Reports on military cantonments and civil stations in the Presidency of Bombay inspected by the Sanitary Commissioner in the years 1875 and 1876
Year: 1875
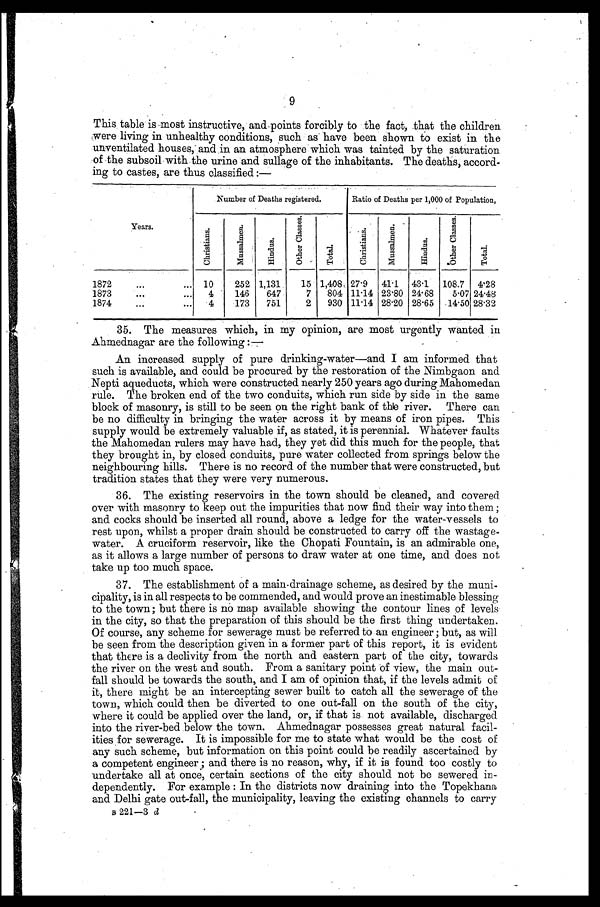
9
This table is most instructive, and points forcibly to the fact, that the children
were living in unhealthy conditions, such as have been shown to exist in the
unventilated houses; and in an atmosphere which was tainted by the saturation
of the subsoil with the urine and sullage of the inhabitants. The deaths, accord
-
ing to castes, are thus classified :—
Y e a r s .
Number of Deaths registered.
Ratio of Deaths per 1,000 of Population.
C h r i s t i a n s .
M u s s a l m e n .
H i n d u s .
O t h e r C l a s s e s .
T o t a l .
C h r i s t i a n s .
M u s s a l m e n .
H i n d u s .
O t h e r C l a s s e s .
T o t a l .
1872 . . . 10
252 1,131
15 1,408, 27.9
41.1
43.1
108.7
4.28
1873 . . .
4
146
647
7
804 11.14 23.80 24.68
5.07 24.48
1874 . . .
4
173
751
2
930 11.14 28.20 28.65
14.50 28.32
35. The measures which, in my opinion, are most urgently wanted in
Ahmednagar are the following :—
An increased supply of pure drinking-water—and I am informed that
such is available, and could be procured by the restoration of the Nimbgaon and
Nepti aqueducts, which were constructed nearly 250 years ago during Mahomedan
rule. The broken end of the two conduits, which run side by side in the same
block of masonry, is still to be seen on the right bank of the river. There can
be no difficulty in bringing the water across it by means of iron pipes. This
supply would be extremely valuable if, as stated, it is perennial. Whatever faults
the Mahomedan rulers may have had, they yet did this much for the people, that
they brought in, by closed conduits, pure water collected from springs below the
neighbouring hills. There is no record of the number that were constructed, but
tradition states that they were very numerous.
36. The existing reservoirs in the town should be cleaned, and covered
over with masonry to keep out the impurities that now find their way into them ;
and cocks should be inserted all round, above a ledge for the water-vessels to
rest upon, whilst a proper drain should be constructed to carry off the wastage
-
water. A cruciform reservoir, like the Chopati Fountain, is an admirable one,
as it allows a large number of persons to draw water at one time, and does not
take up too much space.
37. The establishment of a main-drainage scheme, as desired by the muni
-
cipality, is in all respects to be commended, and would prove an inestimable blessing
to the town; but there is no map available showing the contour lines of levels
in the city, so that the preparation of this should be the first thing undertaken.
Of course, any scheme for sewerage must be referred to an engineer ; but, as will
be seen from the description given in a former part of this report, it is evident
that there is a declivity from the north and eastern part of the city, towards
the river on the west and south. From a sanitary point of view, the main out
-
fall should be towards the south, and I am of opinion that, if the levels admit of
it, there might be an intercepting sewer built to catch all the sewerage of the
town, which could then be diverted to one out-fall on the south of the city,
where it could be applied over the land, or, if that is not available, discharged
into the river-bed below the town. Ahmednagar possesses great natural facil
-
ities for sewerage. It is impossible for me to state what would be the cost of
any such scheme, but information on this point could be readily ascertained by
a competent engineer; and there is no reason, why, if it is found too costly to
undertake all at once, certain sections of the city should not be severed in
-
dependently. For example : In the districts now draining into the Topekhana
and Delhi gate out-fall, the municipality, leaving the existing channels to carry
B 221—3 d